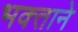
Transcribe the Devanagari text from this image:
भक्‍ताने